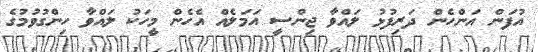
އުފަން އަންހެން ދަރިފުޅު ލައްވާ ޖިންސީ އަމަލެއް އެހެން މީހަކު ލައްވާ ހިންގުވުމުގެ